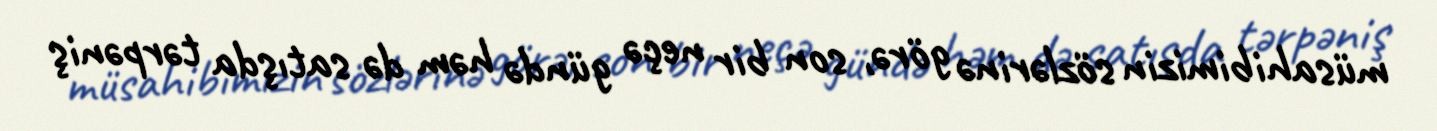
müsahibimizin sözlərinə görə, son bir neçə gündə həm də satışda tərpəniş